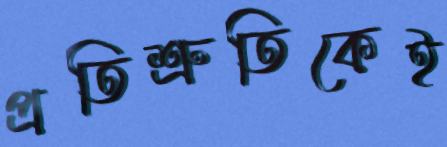
প্রতিশ্রুতিকেই